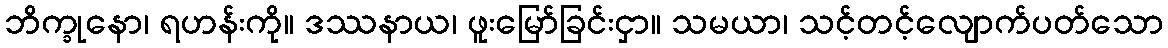
ဘိက္ခုနော၊ ရဟန်းကို။ ဒဿနာယ၊ ဖူးမြော်ခြင်းငှာ။ သမယာ၊ သင့်တင့်လျောက်ပတ်သော